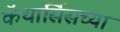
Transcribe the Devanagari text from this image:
कॅथार्सिसच्या